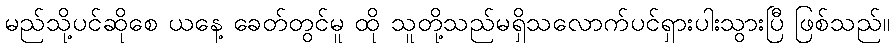
မည်သို့ပင်ဆိုစေ ယနေ့ ခေတ်တွင်မူ ထို သူတို့သည်မရှိသလောက်ပင်ရှားပါးသွားပြီ ဖြစ်သည်။